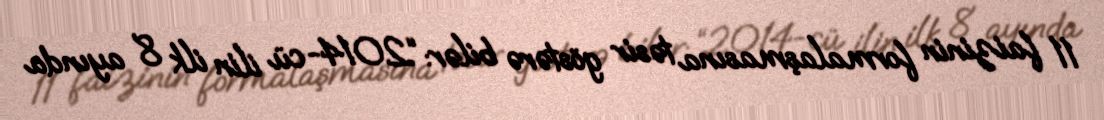
11 faizinin formalaşmasına təsir göstərə bilər: “2014-cü ilin ilk 8 ayında